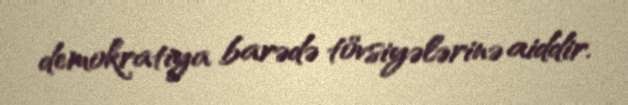
demokratiya barədə tövsiyələrinə aiddir.